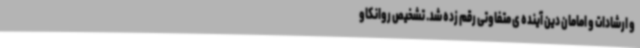
و ارشادات و امامان دین آینده ی متفاوتی رقم زده شد. تشخیص روانکاو